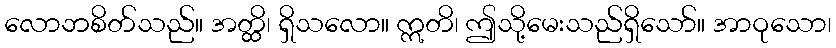
လောဘစိတ်သည်။ အတ္ထိ၊ ရှိသလော။ ဣတိ၊ ဤသို့မေးသည်ရှိသော်။ အာဝုသော၊